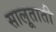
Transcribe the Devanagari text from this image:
सालूताती